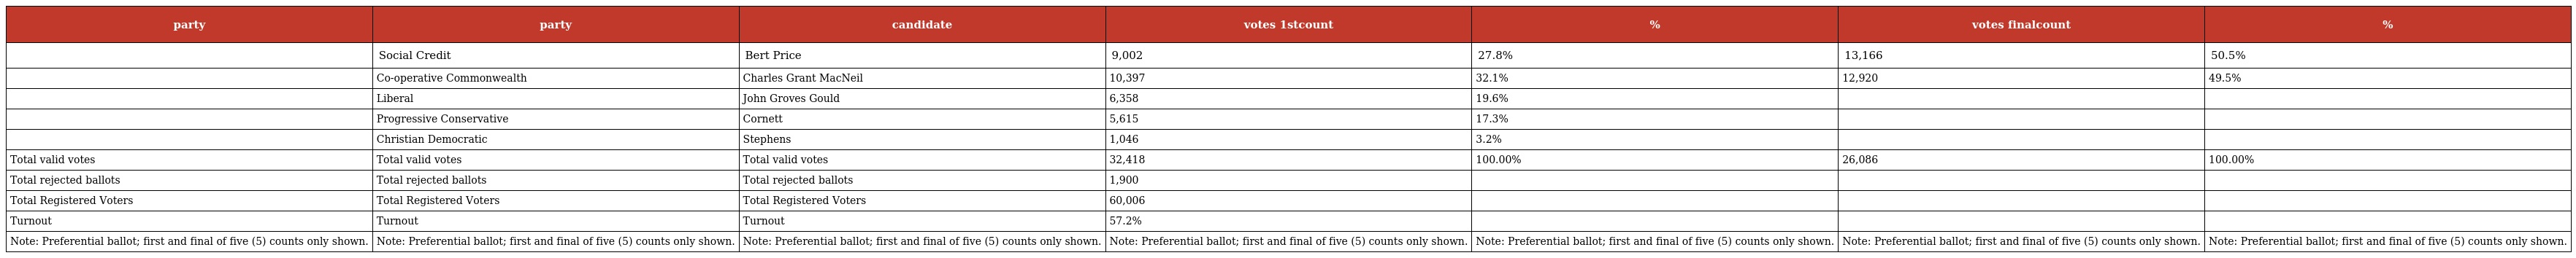
| party | party | candidate | votes 1stcount | % | votes finalcount | % |
 | --- | --- | --- | --- | --- | --- | --- |
 |  | Social Credit | Bert Price | 9,002 | 27.8% | 13,166 | 50.5% |
 |  | Co-operative Commonwealth | Charles Grant MacNeil | 10,397 | 32.1% | 12,920 | 49.5% |
 |  | Liberal | John Groves Gould | 6,358 | 19.6% |  |  |
 |  | Progressive Conservative | Cornett | 5,615 | 17.3% |  |  |
 |  | Christian Democratic | Stephens | 1,046 | 3.2% |  |  |
 | Total valid votes | Total valid votes | Total valid votes | 32,418 | 100.00% | 26,086 | 100.00% |
 | Total rejected ballots | Total rejected ballots | Total rejected ballots | 1,900 |  |  |  |
 | Total Registered Voters | Total Registered Voters | Total Registered Voters | 60,006 |  |  |  |
 | Turnout | Turnout | Turnout | 57.2% |  |  |  |
 | Note: Preferential ballot; first and final of five (5) counts only shown. | Note: Preferential ballot; first and final of five (5) counts only shown. | Note: Preferential ballot; first and final of five (5) counts only shown. | Note: Preferential ballot; first and final of five (5) counts only shown. | Note: Preferential ballot; first and final of five (5) counts only shown. | Note: Preferential ballot; first and final of five (5) counts only shown. | Note: Preferential ballot; first and final of five (5) counts only shown. |